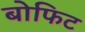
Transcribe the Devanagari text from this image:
बोफिट